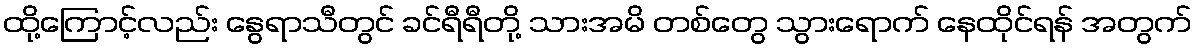
ထို့ကြောင့်လည်း နွေရာသီတွင် ခင်ရီရီတို့ သားအမိ တစ်တွေ သွားရောက် နေထိုင်ရန် အတွက်